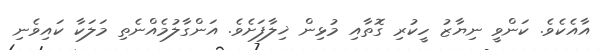
އާއެކެވެ. ކަންވީ ނިޔާޒު ހީކުރި ގޮތާއި މުޅިން ޚިލާފަށެވެ. އަންގާލުމެއްނެތި މަލަކާ ކައިވެނި